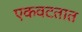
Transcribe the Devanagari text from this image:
एकवटतात